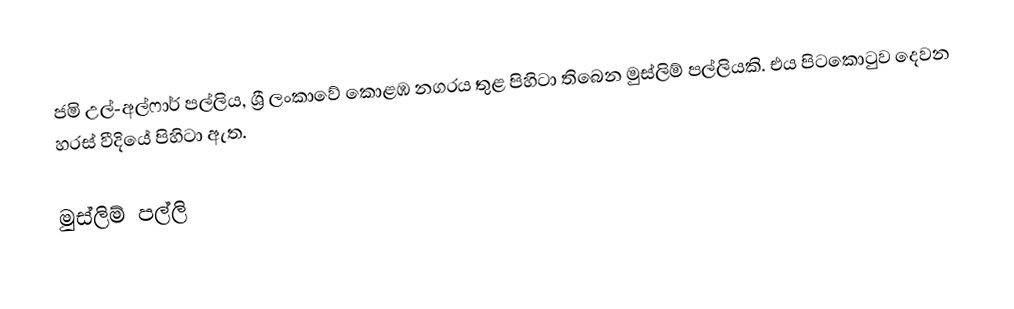
ජමි උල්-අල්ෆාර් පල්ලිය, ශ්‍රී ලංකාවේ කොළඹ නගරය තුළ පිහිටා තිබෙන මුස්ලිම් පල්ලියකි. එය පිටකොටුව දෙවන හරස් වීදියේ පිහිටා ඇත.

මුස්ලිම් පල්ලි